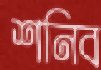
শনিব